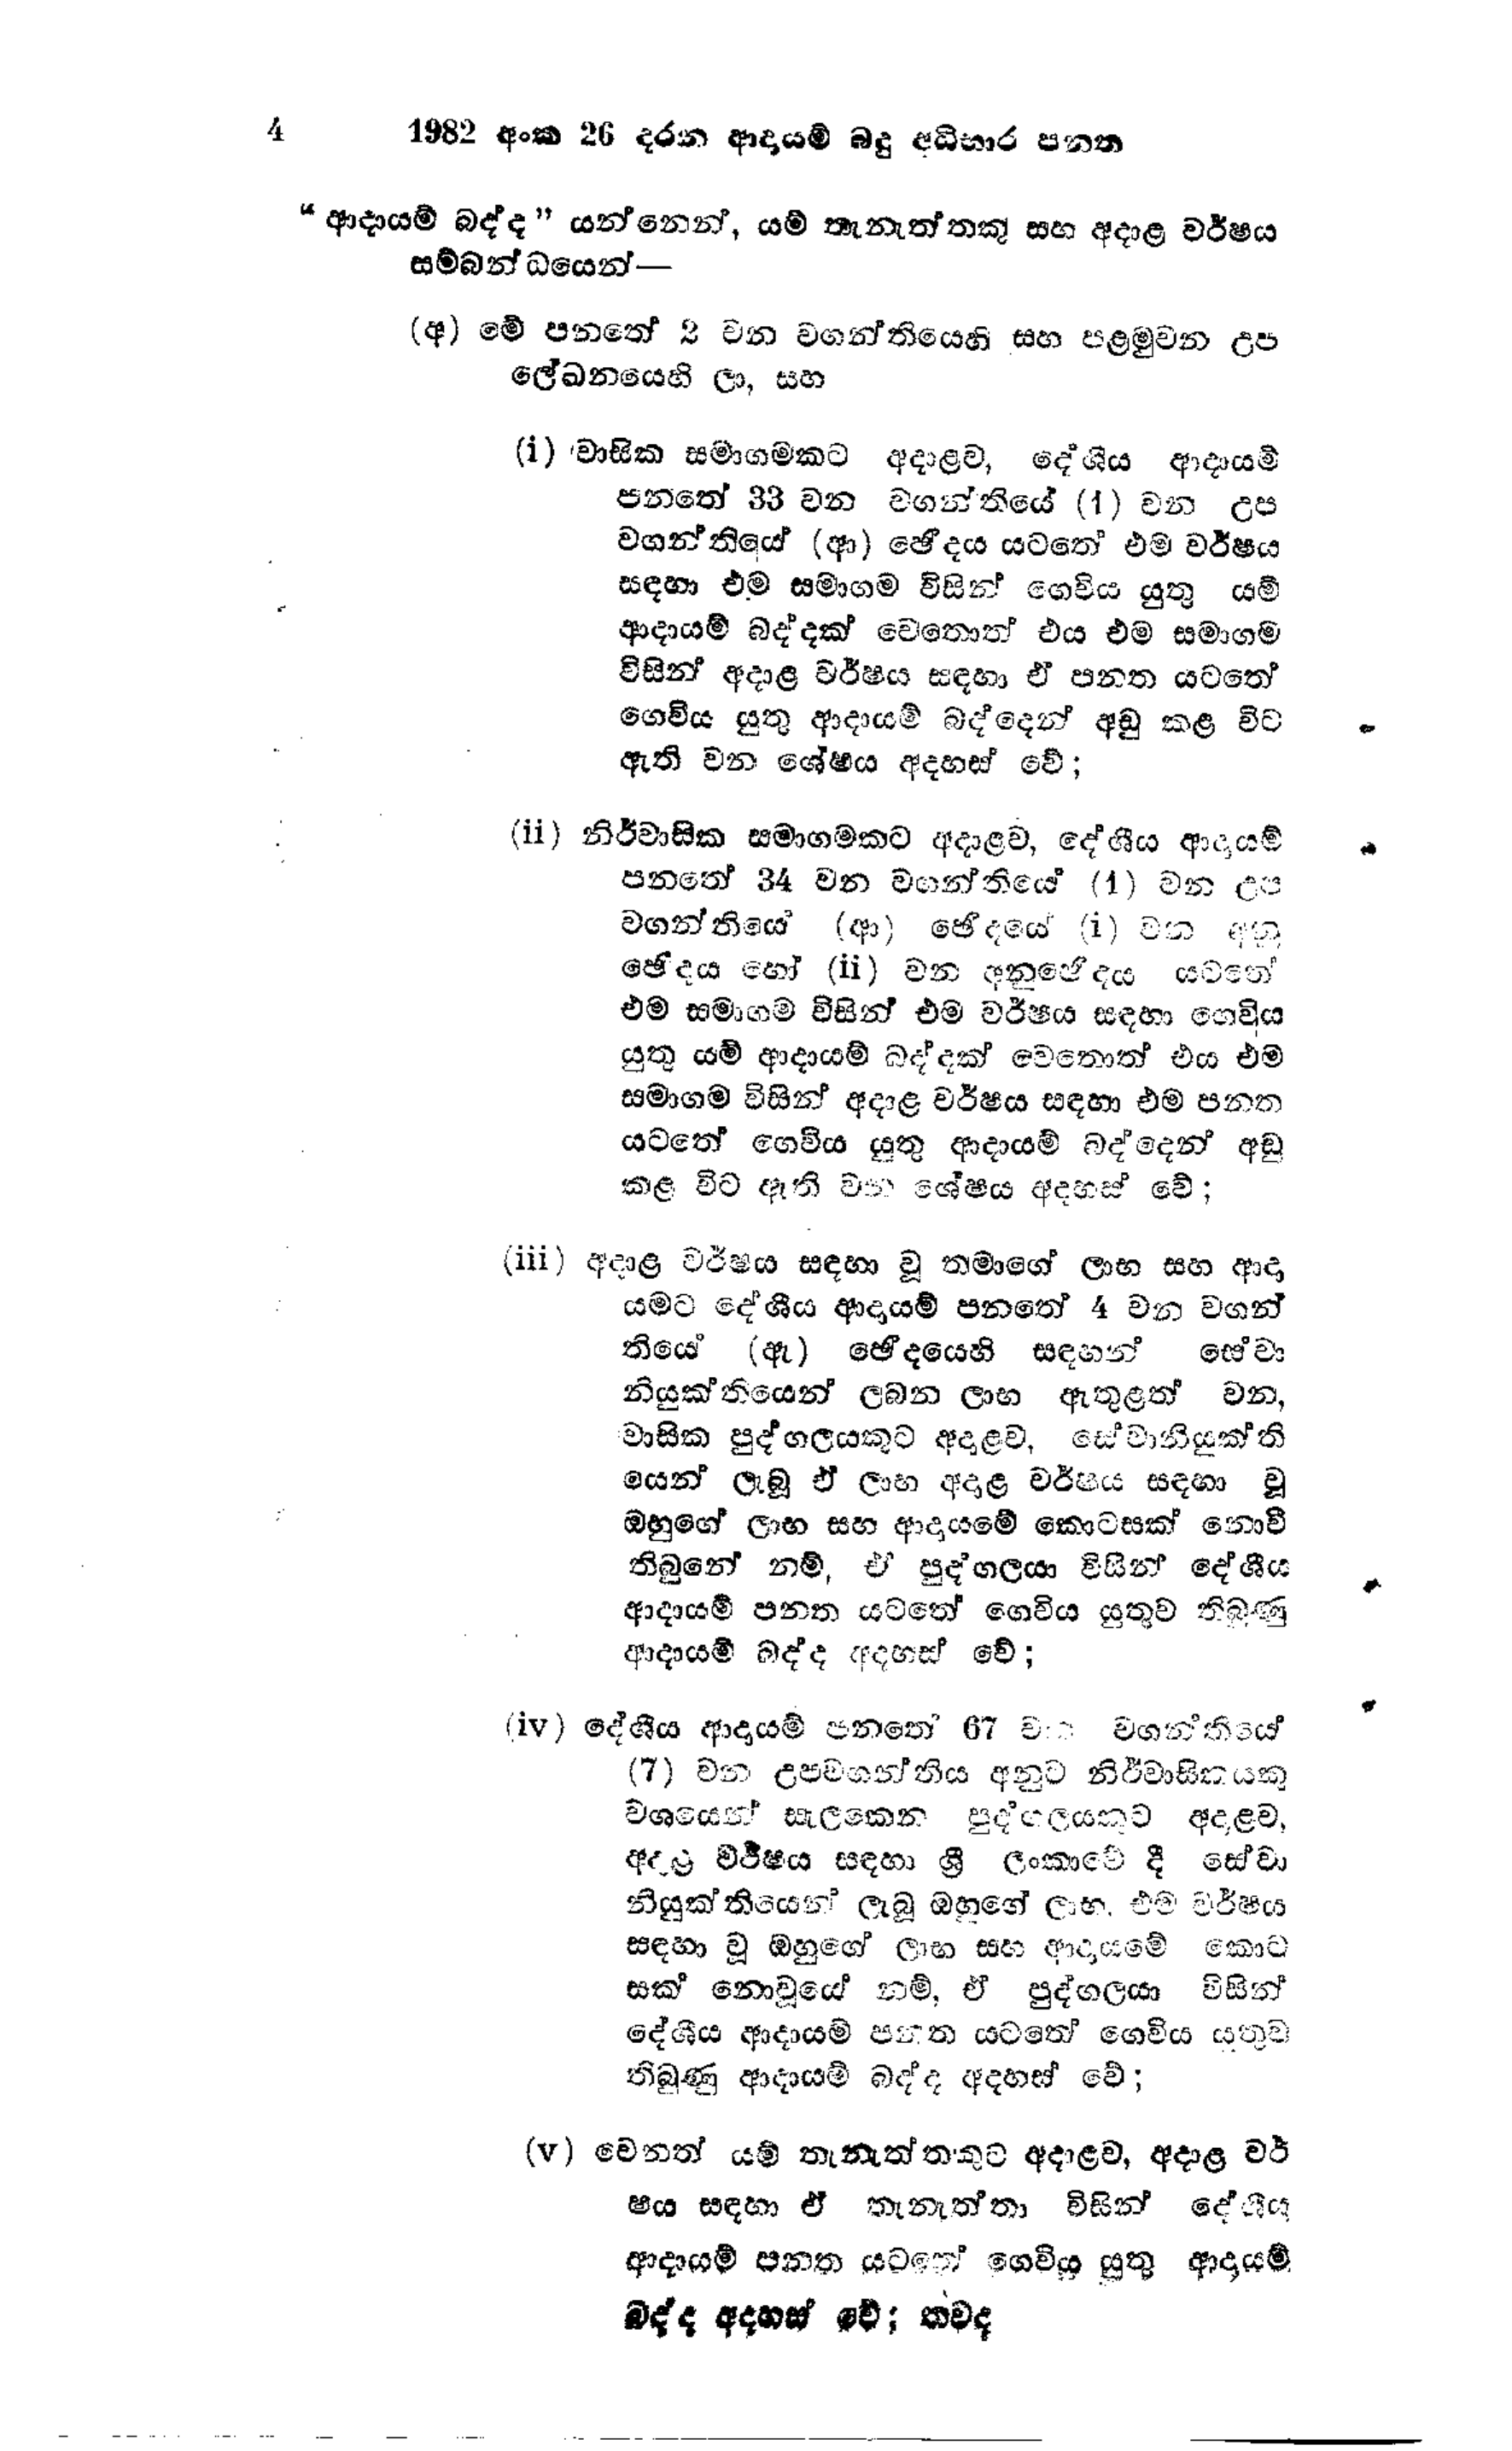
4 1982 අංක 26 දරන ආදායම් බදු අධිභාර පනත

"ආදායම් බද්ද " යන්නෙන්, යම් තැනැත්තකු සහ අදාළ වර්ෂය
සම්බන්ධයෙන් -

(අ) මේ පනතේ 2 වන වගන්තියෙහි සහ පළමුවන උප
ලේඛනයෙහි ලා, සහ

(i) වාසික සමාගමකට අදාළව, දේශීය ආදායම්
පනතේ 33 වන වගන්තියේ (1) වන උප
වගන්තියේ (ආ) ඡේදය යටතේ එම වර්ෂය
සඳහා එම සමාගම විසින් ගෙවිය යුතු යම්
ආදායම් බද්දක් වෙතොත් එය එම සමාගම
විසින් අදාළ වර්ෂය සඳහා ඒ පනත යටතේ
ගෙවිය යුතු ආදායම් බද්දෙන් අඩු කළ විට
ඇති වන ශේෂය අදහස් වේ;

(ii) නිර්වාසික සමාගමකට අදාළව, දේශීය ආදායම්
පනතේ 34 වන වගන්තියේ (1) වන උප
වගන්තියේ (ආ) ඡේදයේ (1) වන අහු
ඡේදය හෝ (ii) වන අනුඡේදය යටතේ
එම සමාගම විසින් එම වර්ෂය සඳහා ගෙවිය
යුතු යම් ආදායම් බද්දක් වෙතොත් එය එම
සමාගම විසින් අදාළ වර්ෂය සඳහා එම පනත
යටතේ ගෙවිය යුතු ආදායම් බද්දෙන් අඩු
කළ විට ඇති වන ශේෂය අදහස් වේ ;

(iii) අදාළ වර්ෂය සඳහා වූ තමාගේ ලාභ සහ ආදා
යමට දේශීය ආදායම් පනතේ 4 වන වගන්
තියේ (ඇ) ඡේදයෙහි සඳහන් සේවා
නියුක්තියෙන් ලබන ලාභ ඇතුළත් වන,
වාසික පුද්ගලයකුට අදාළව, සේවානියුක්ති
යෙන් ලැබූ ඒ ලාභ අදාළ වර්ෂය සඳහා වූ
ඔහුගේ ලාභ සහ ආදායමේ කොටසක් නොවී
තිබුනේ නම්, ඒ පුද්ගලයා විසින් දේශීය
ආදායම් පනත යටතේ ගෙවිය යුතුව තිබුණු
ආදායම් බද්ද අදහස් වේ;

(iv) දේශීය ආදායම් පනතේ 67 වන වගන්තියේ
(7) වන උපවගන්තිය අනුව නිර්වාසිකයකු
වශයෙන් සැලකෙන පුද්ගලයකුට අදාළව,
අදළ වර්ෂය සඳහා ශ්‍රී ලංකාවේ දී සේවා
නියුක්තියෙන් ලැබූ ඔහුගේ ලාභ. එම වර්ෂය
සඳහා වූ ඔහුගේ ලාභ සහ ආදායමේ කොට
සක නොවූයේ නම්, ඒ පුද්ගලයා විසින්
දේශීය ආදායම් පනත යටතේ ගෙවිය යුතුව
තිබුණු ආදායම් බද්ද අදහස් වේ;

(v) වෙනත් යම් තැනැත්තකුට අදාළව, අදාළ වර්
ෂය සඳහා ඒ තැනැත්තා විසින් දේශීය
ආදායම් පනත යටතේ ගෙවිය යුතු ආදායම්
බද්ද අදහස් වේ; තවද